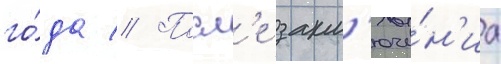
го́да // Посл'е закл'юче́н'иа